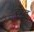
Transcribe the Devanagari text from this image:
होहु